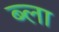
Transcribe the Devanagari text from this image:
ब्ला